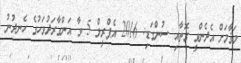
މަޤާމަށް އެދެންވީ ގޮތާއި ސުންގަޑި: 2016 އެޕްރީލް 5 ވާ އަންގާރަދުވަހުގެ ހެނދުނު